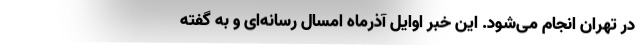
در تهران انجام می‌شود. این خبر اوایل آذر‌ماه امسال رسانه‌ای و به گفته